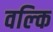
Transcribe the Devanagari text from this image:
वल्‍कि